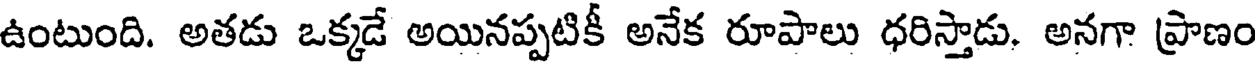
ఉంటుంది. అతడు ఒక్కడే అయినప్పటికీ అనేక రూపాలు ధరిస్తాడు. అనగా ప్రాణం